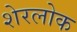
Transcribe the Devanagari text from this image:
शेरलोक